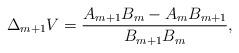
LaTeX: \begin{align*} \Delta_{m+1}V=\frac{A_{m+1}B_m-A_mB_{m+1}}{B_{m+1}B_m},\end{align*}